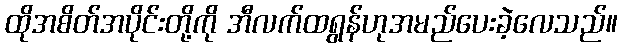
ထိုအစိတ်အပိုင်းတို့ကို အီလက်ထရွန်ဟုအမည်ပေးခဲ့လေသည်။